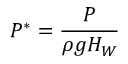
P ^ { * } = \frac { P } { \rho g H _ { W } }